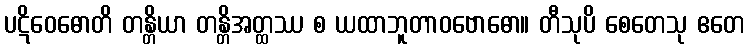
ပဋိဝေဓောတိ တန္တိယာ တန္တိအတ္ထဿ စ ယထာဘူတာဝဗောဓော။ တီသုပိ စေတေသု ဧတေ